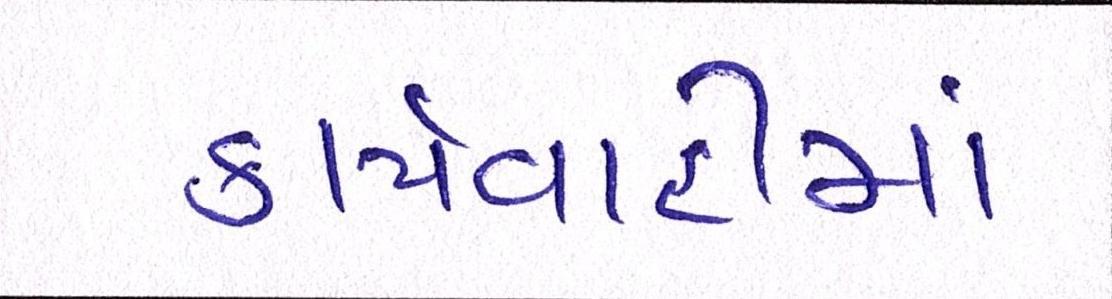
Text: કાર્યવાહીમાં